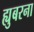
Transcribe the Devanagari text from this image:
ह्युबरना